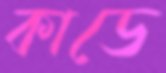
কাডে